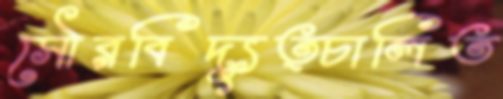
সৌরবিদ্যুত্চালিত